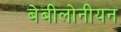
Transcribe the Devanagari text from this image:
बेबीलोनीयन